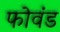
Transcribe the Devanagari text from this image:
फोवंड